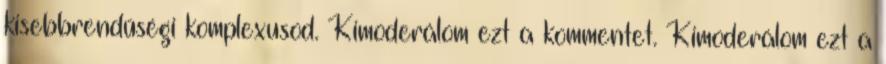
kisebbrendűségi komplexusod. Kimoderálom ezt a kommentet. Kimoderálom ezt a